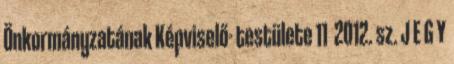
Önkormányzatának Képviselő- testülete 11 2012. sz. J E G Y